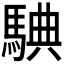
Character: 𩣲